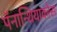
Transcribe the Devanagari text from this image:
पॅनान्थियाकोस